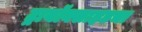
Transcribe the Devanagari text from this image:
ट्रायॉक्साइडचा